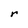
Character: r